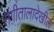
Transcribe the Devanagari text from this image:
संगीतालादेखील